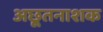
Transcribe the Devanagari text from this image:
अछूतनाशक